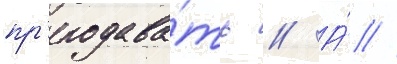
пр'еподава́ть // А́ //